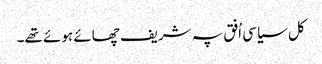
کل سیاسی اُفق پہ شریف چھائے ہوئے تھے۔